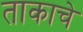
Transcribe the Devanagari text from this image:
ताकाचे